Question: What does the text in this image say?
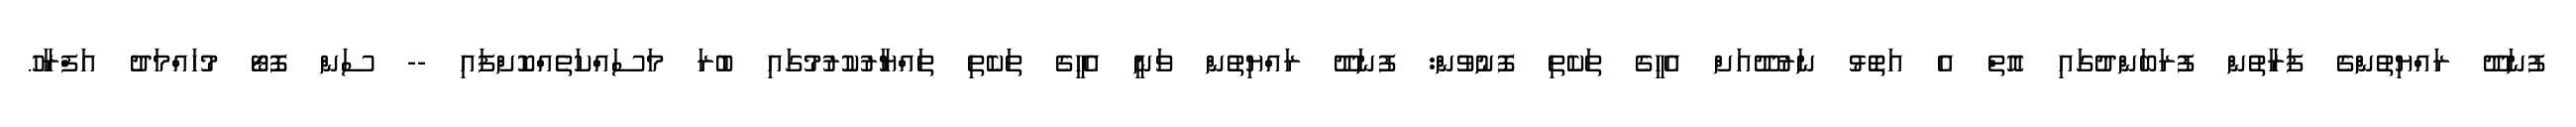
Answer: ފުނަދޫ ރައްޔިތުންގެ ފަރާތުން ފުރަބަންދުގައި އޮތް އެ އަތޮޅު ނަރުދޫއަށް އެހީގެ ތަކެތި ފޮނުވުން: ފުނަދޫ ރައްޔިތުން ވަނީ އެހީގެ ތަކެތި ތައްޔާރުކުރުމުގައި ބުރަ މަސައްކަތެއްކޮށްފައި -- ސަން ފޮޓޯ މުހައްމަދު އަފްރާހު.